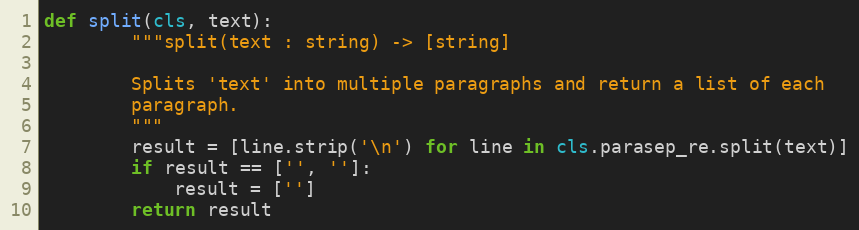
Language: Python
def split(cls, text):
        """split(text : string) -> [string]

        Splits 'text' into multiple paragraphs and return a list of each
        paragraph.
        """
        result = [line.strip('\n') for line in cls.parasep_re.split(text)]
        if result == ['', '']:
            result = ['']
        return result